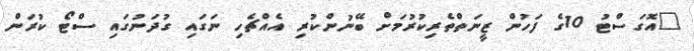
"އޮގަސްޓު 10ގެ ފަހުން ޒީނަތްތެރިކުރުމަށް ބޭނުންކުރި އެއްޗެހި ނަގައި ގުދަނުގައި ސްޓޯ ކުރަން